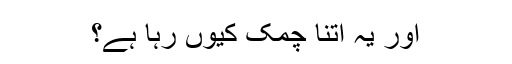
اور یہ اتنا چمک کیوں رہا ہے؟